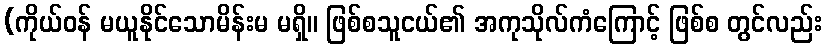
(ကိုယ်ဝန် မယူနိုင်သောမိန်းမ မရှိ။ ဖြစ်စသူငယ်၏ အကုသိုလ်ကံကြောင့် ဖြစ်စ တွင်လည်း